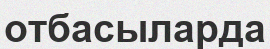
отбасыларда